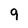
Character: 9